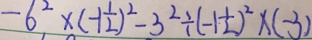
- 6 ^ { 2 } \times ( - 1 \frac { 1 } { 2 } ) ^ { 2 } - 3 ^ { 2 } \div ( - 1 \frac { 1 } { 2 } ) ^ { 2 } \times ( - 3 )